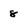
Character: 8